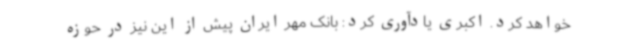
خواهد کرد. اکبری یادآوری کرد: بانک مهر ایران پیش از این نیز در حوزه